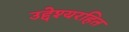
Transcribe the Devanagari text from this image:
उद्देश्यरहित